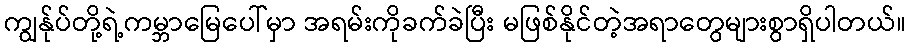
ကျွန်ုပ်တို့ရဲ့ကမ္ဘာမြေပေါ်မှာ အရမ်းကိုခက်ခဲပြီး မဖြစ်နိုင်တဲ့အရာတွေများစွာရှိပါတယ်။